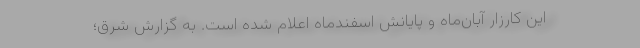
این کارزار آبان‌ماه و پایانش اسفندماه اعلام شده است. به گزارش شرق؛